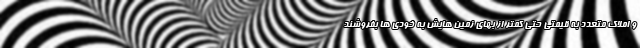
و املاک متعدد به قیمتی حتی کمتر از بهای زمین هایش به خودی ها بفروشند